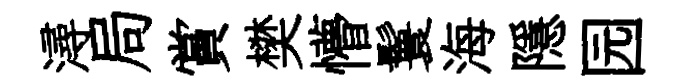
潯局賞樊懵鬟海隱园